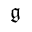
\mathfrak { g }